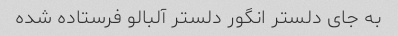
به جای دلستر انگور دلستر آلبالو فرستاده شده